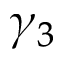
\gamma _ { 3 }